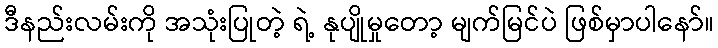
ဒီနည်းလမ်းကို အသုံးပြုတဲ့ ရဲ့ နုပျိုမှုတော့ မျက်မြင်ပဲ ဖြစ်မှာပါနော်။